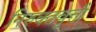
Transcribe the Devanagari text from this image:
निरुक्तवृत्तौ